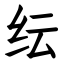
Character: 纭